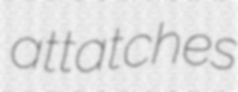
attatches